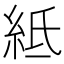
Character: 𥿄